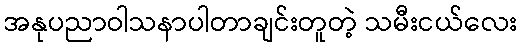
အနုပညာဝါသနာပါတာချင်းတူတဲ့ သမီးငယ်လေး